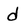
Character: d